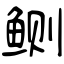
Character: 鲗